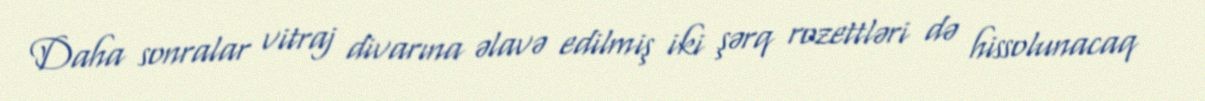
Daha sonralar vitraj divarına əlavə edilmiş iki şərq rozettləri də hissolunacaq